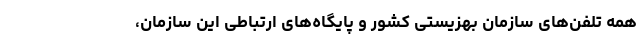
همه تلفن‌های سازمان بهزیستی کشور و پایگاه‌های ارتباطی این سازمان،